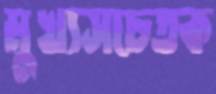
মুখ্যসচেতক